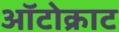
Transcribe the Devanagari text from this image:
ऑटोक्राट